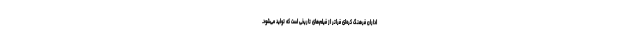
اداران فرهنگ کره‌ای فراتر از فیلم‌ها‌ی تاریخی است که تولید می‌شود.